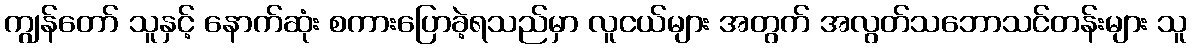
ကျွန်တော် သူနှင့် နောက်ဆုံး စကားပြောခဲ့ရသည်မှာ လူငယ်များ အတွက် အလွတ်သဘောသင်တန်းများ သူ